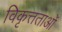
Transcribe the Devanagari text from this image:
विकृत्तताओं